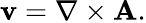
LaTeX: \mathbf{v}=\nabla\times\mathbf{A}.